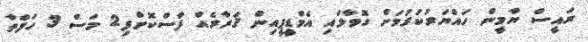
ރައީސް ޔާމީން ހައްޔަރުކުރުމަށް ގޮވާލައި އެމްޑީޕީއިން ޤަރާރެއް ފާސްކޮށްފި2 މަސް 3 ހަފްތާ